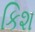
કિશ